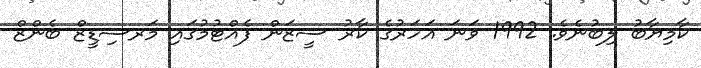
ކާމިޔާބު ލިބުނެވެ. 1992 ވަނަ އަހަރުގެ ކާރު ސީޒަން ފެއްޓުމުގައި މަރސިޑީޒް ބެންޒް